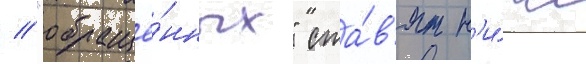
// "обращё́нных" ста́в'ят н'и́же